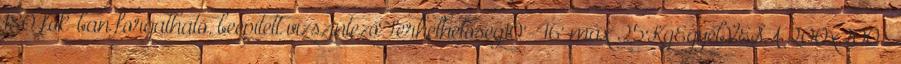
180 fok-ban forgatható, beépített vízszintezőTerhelhetőség10'-46' max 25KgEgyébVESA 200x200 .